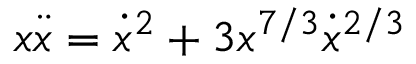
x \ddot { x } = \dot { x } ^ { 2 } + 3 x ^ { 7 / 3 } \dot { x } ^ { 2 / 3 }